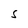
Character: S